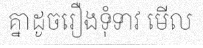
គ្នាដូចរឿងទុំទាវ មើល